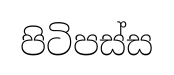
පිටිපස්ස